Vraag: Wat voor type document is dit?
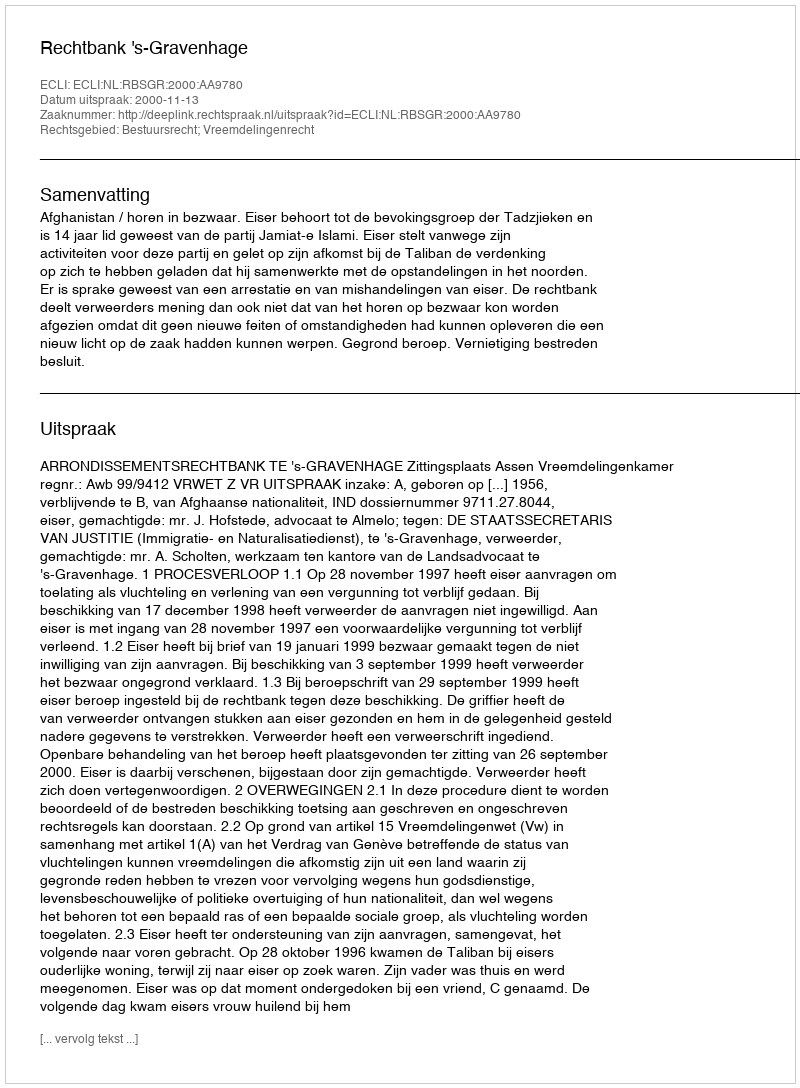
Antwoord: Uitspraak